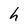
Character: h